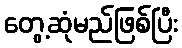
တွေ့ဆုံမည်ဖြစ်ပြီး